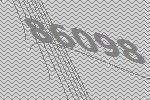
86098